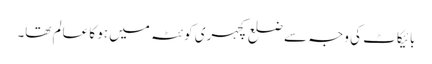
بائیکاٹ کی وجہ سے ضلع کچہری کوئٹہ میں ہو کا عالم تھا۔